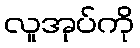
လူအုပ်ကို